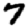
Digit: 7